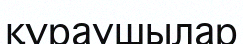
құраушылар